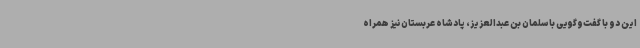
این دو با گفت‌وگویی با سلمان بن عبدالعزیز، پادشاه عربستان نیز همراه